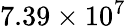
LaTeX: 7.39\times 10^{7}